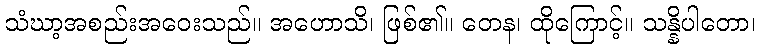
သံဃာ့အစည်းအဝေးသည်။ အဟောသိ၊ ဖြစ်၏။ တေန၊ ထိုကြောင့်။ သန္နိပါတော၊